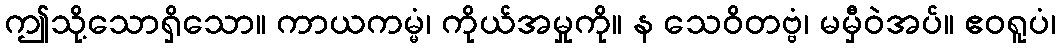
ဤသို့သောရှိသော။ ကာယကမ္မံ၊ ကိုယ်အမှုကို။ န သေဝိတဗ္ဗံ၊ မမှီဝဲအပ်။ ဧဝရူပံ၊